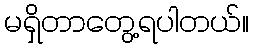
မရှိတာတွေ့ရပါတယ်။